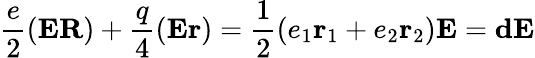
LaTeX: \frac e2({\mathbf E}{\mathbf R})+\frac q4({\mathbf E}{\mathbf r})=\frac 12(e_{1}{\mathbf r_{1}}+e_{2}{\mathbf r_{2}}){\mathbf E}={\mathbf d}{\mathbf E}